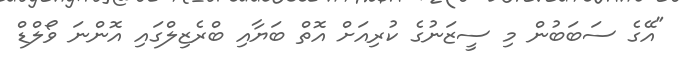
"އޭގެ ސަބަބުން މި ސީޒަނުގެ ކުރިއަށް އޮތް ބަޔާއި ބްރެޒިލްގައި އޮންނަ ވޯލްޑް